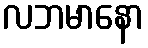
လဘမာနော